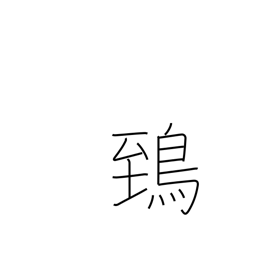
Meaning: horned owl